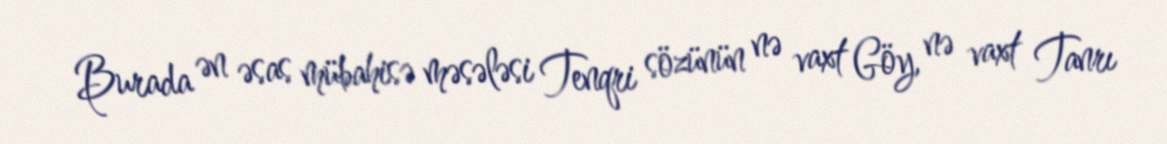
Burada ən əsas mübahisə məsələsi Tenqri sözünün nə vaxt Göy, nə vaxt Tanrı